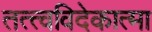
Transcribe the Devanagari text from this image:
तत्त्वविदेकात्मा